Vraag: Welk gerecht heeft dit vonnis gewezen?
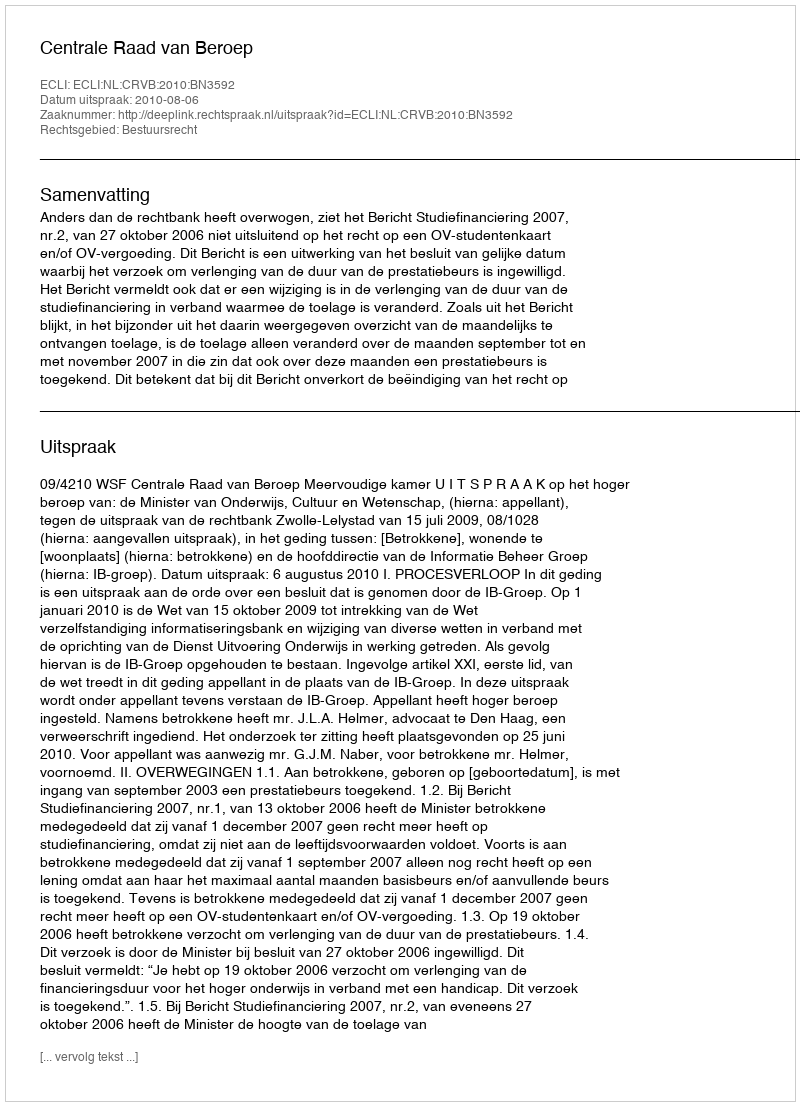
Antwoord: Centrale Raad van Beroep